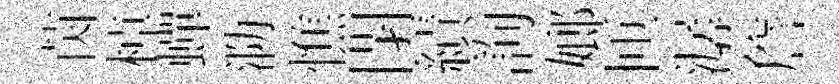
茵棹蟬泐憔閉績詢嫏匝潺詹